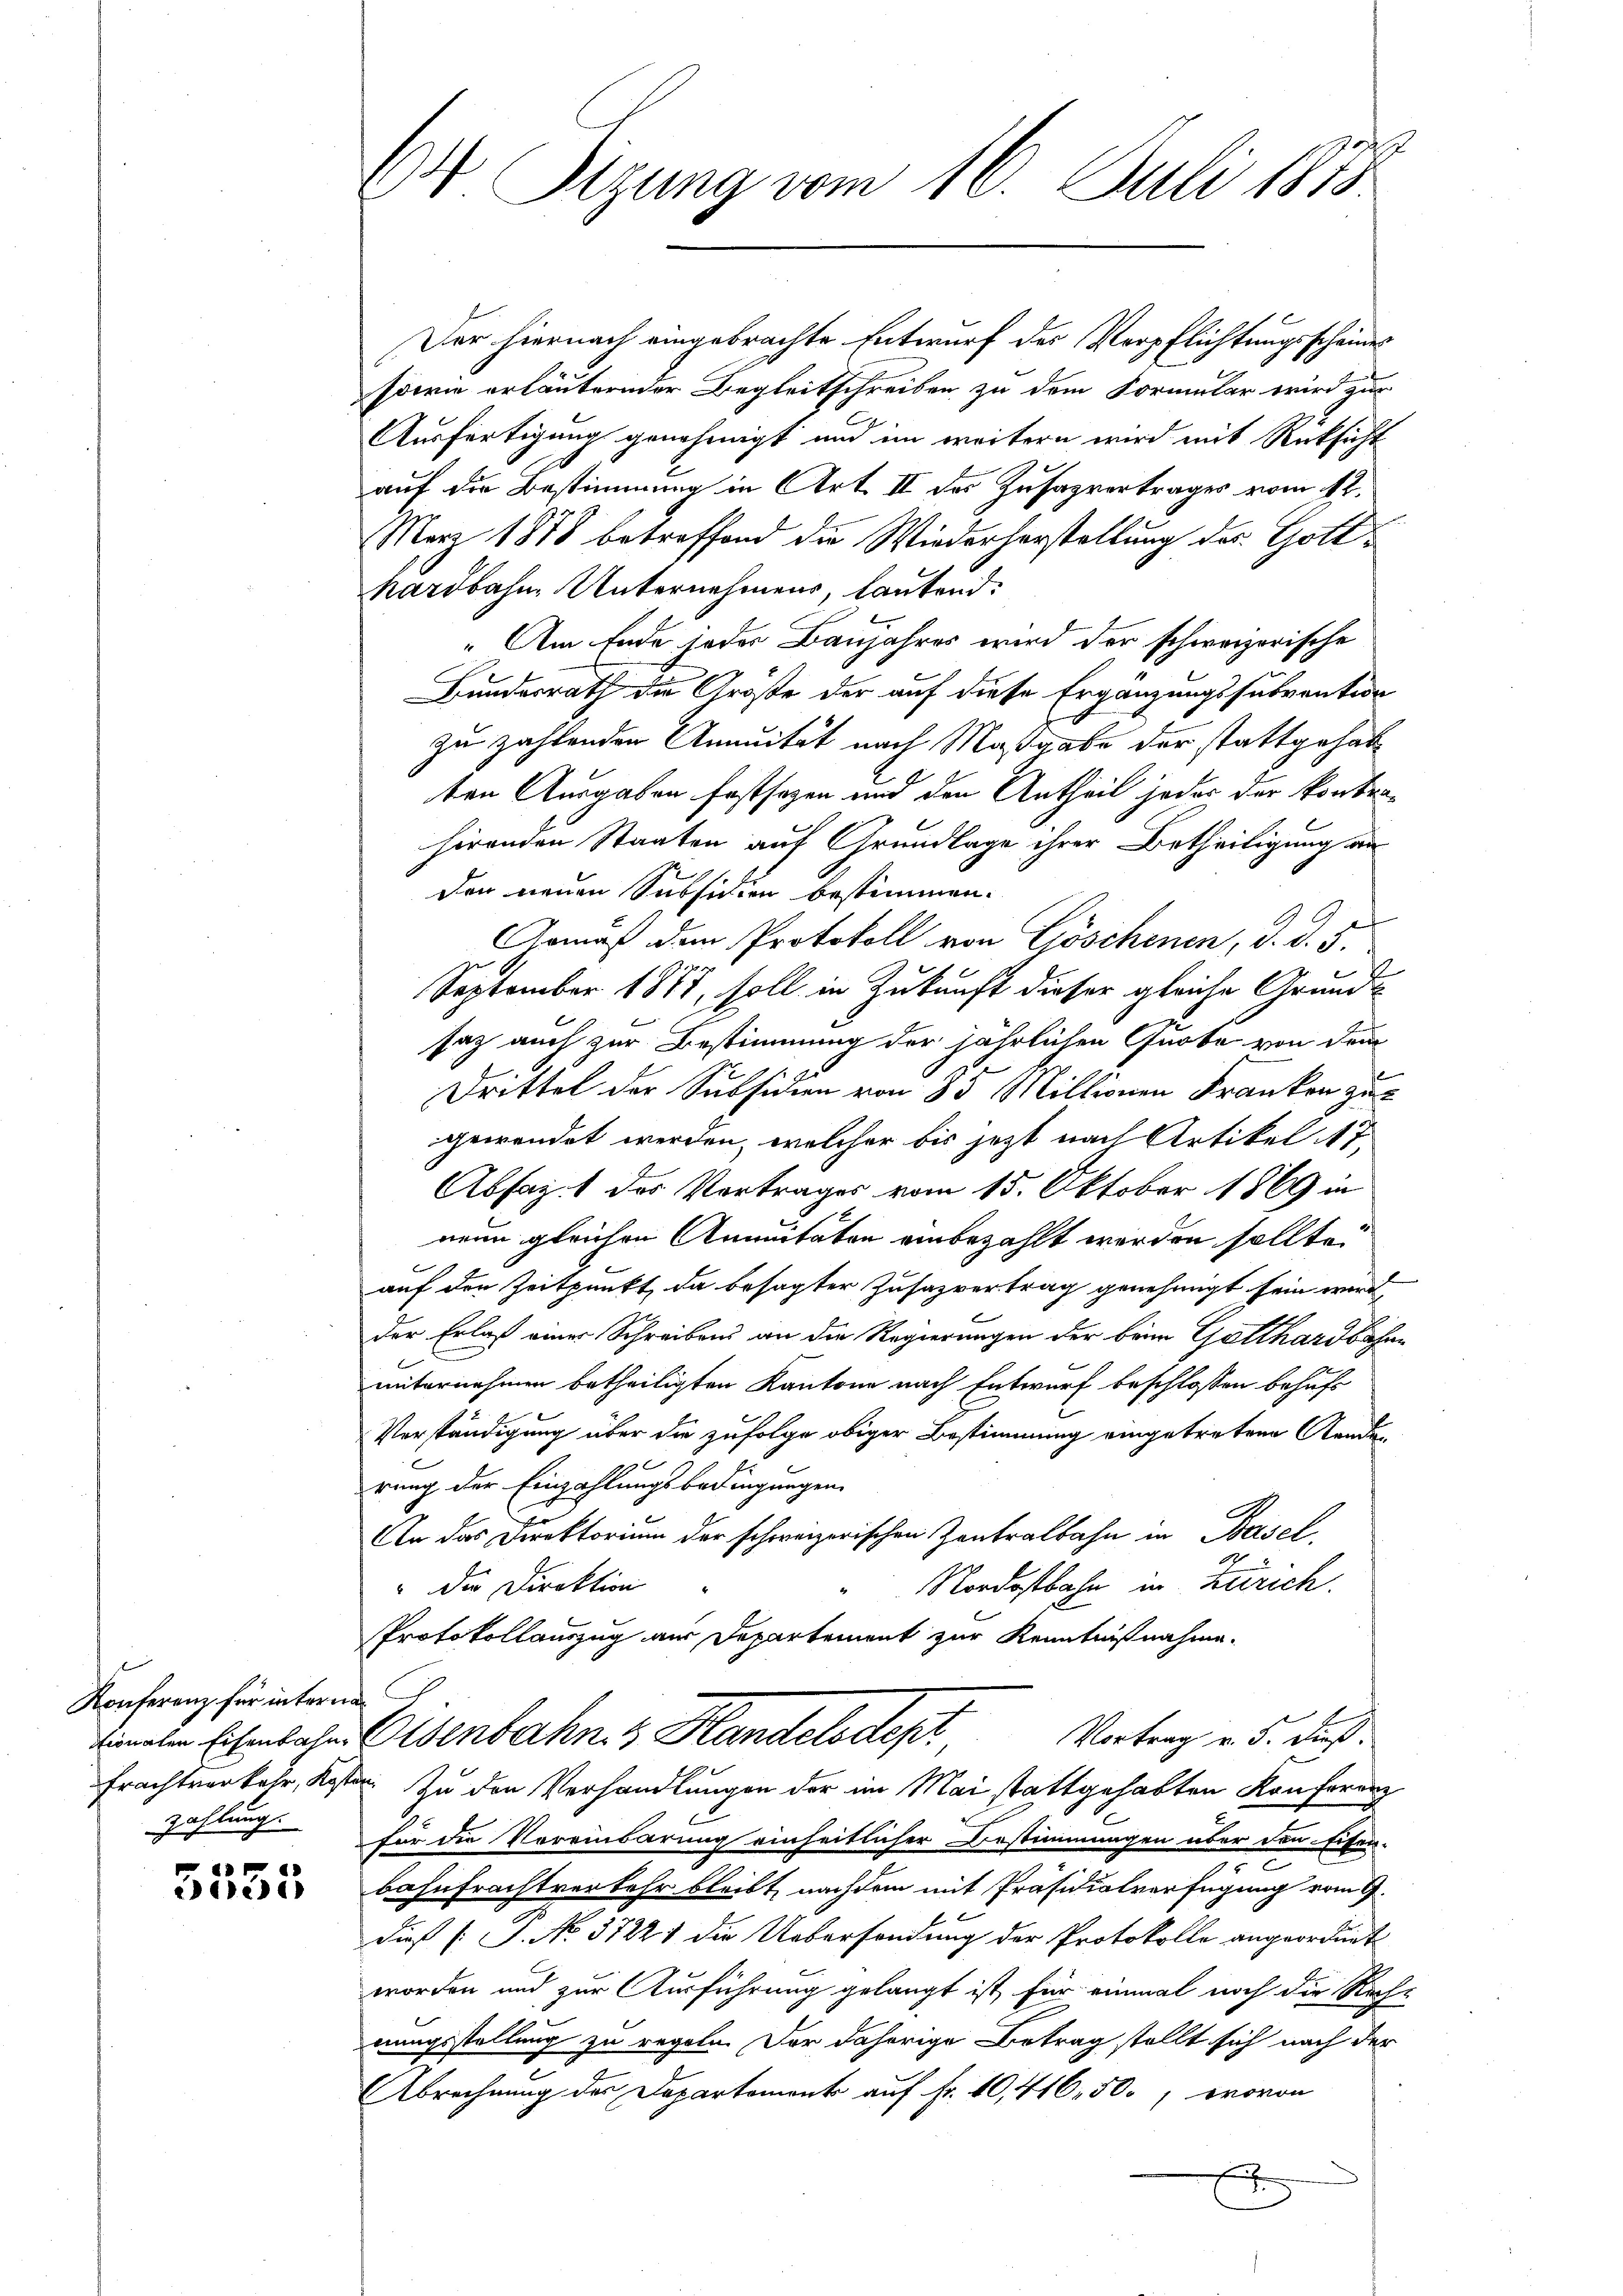
Konferenz für internah

e
e

r
604 Sizung vom 16. Juli 1813.

Der hiernach eingebrachte Entwurf des Verpflichtungsscheines
sowie erläuternder Begleitschreiben zu dem Formular wird zur
Ausfertigung genehmigt und im weitern wird mit Rücksicht
auf die Bestimmung in Art. II des Zusazvertrages vom 4t.
März 1878 betreffend die Wiederherstellung der Gotthardbahne Unternehmens, lautend.
 Am Ende jeder Baujahres wird der schweizerische
Bundesrath die Größe der auf diese Ergänzungssubvention
zu zahlenden Annuität nach Maßgabe der stattgehab
ten Ausgaben festsezen und den Antheil jeder der kontrahirenden Staaten auf Grundlage ihrer Betheiligung an
den neuen Subsidien bestimmen.
Gemäß dem Protokoll von Göschenen, d. d. 5.
September 1887, soll in Zukunft dieser gleiche Grund-
saz auch zur Bestimmung der jährlichen Quote von dem
16
Drittel der Subsidien von 35 Millionen Franken zur
gewendet werden, welcher bis jetzt nach Artikel 17
Absaz 1 des Vortrages vom 15. Oktober 1869 in
neun gleichen Annuitäten einbezahlt werden sollte.
auf den Zeitpunkt, da besagter Zusazvertrag genehmigt sein wird
der Erlaß einer Schreibens an die Regierungen der beim Gatthardbahne
unternehmen betheiligten Kantone nach Entwurf beschlossen behufs
Verständigung über die zufolge obiger Bestimmung eingetretene Aenden
x
rung der Einzahlungsbedingungen
An das Direktorium der schweizerischen Zentralbahn in Basel,
Nordostbahn in Zürich.
" die Direktion
Protokollauszug aus Departement zur Kenntnißnahme.
Vortrag v. 5. dieß.
Einalen Eisenbahn. Eisenbahn 3 Handelsdepr
Frachtverkehr, Kosten. Zu den Verhandlungen der im Mai stattgehabten Konferenz
zahlung für die Vereinbarung einheitlicher Bestimmungen über den Eifer-
bahnfrachtverkehr bleibt, nachdem mit Präsidialverfügung vom 9.
Dieß [ P. No. 37221 die Uebersendung der Protokolle angeordnet
worden und zur Ausführung gelangt ist, für einmal noch die Rech-
nungsstellung zu regeln. Der daherige Betrag stellt sich nach der
Abrechnung des Departement auf Fr. 10,416,500, wovon
x